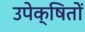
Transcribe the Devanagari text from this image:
उपेक्षितों